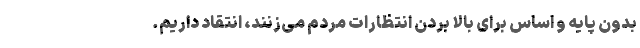
بدون پایه و اساس برای بالا بردن انتظارات مردم می‌زنند، انتقاد داریم.